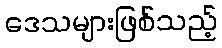
ဒေသများဖြစ်သည့်